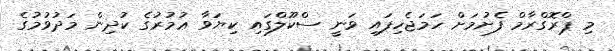
މި ޕްރޮގްރާމް ފެށުމަށް ހަމަޖެހިފައި ވަނީ ސްކޫލްގައި ކިޔަވާ ޢުމުރުގެ ކުދިން މަދުވުމުގެ